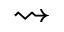
\rightsquigarrow